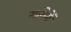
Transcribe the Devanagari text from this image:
मांगेगें